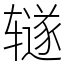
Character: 𫟦